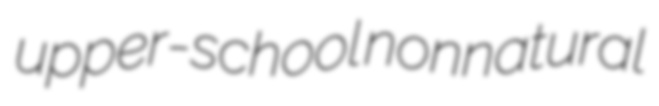
upper-school nonnatural